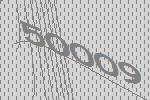
50009